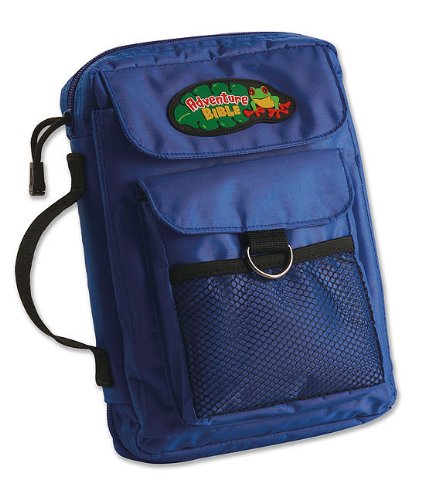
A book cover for Adventure Bible Cover Blue Medium; Zondervan; Christian Books & Bibles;